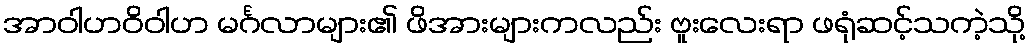
အာဝါဟဝိဝါဟ မင်္ဂလာများ၏ ဖိအားများကလည်း ဗူးလေးရာ ဖရုံဆင့်သကဲ့သို့